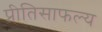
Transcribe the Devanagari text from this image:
प्रीतिसाफल्य